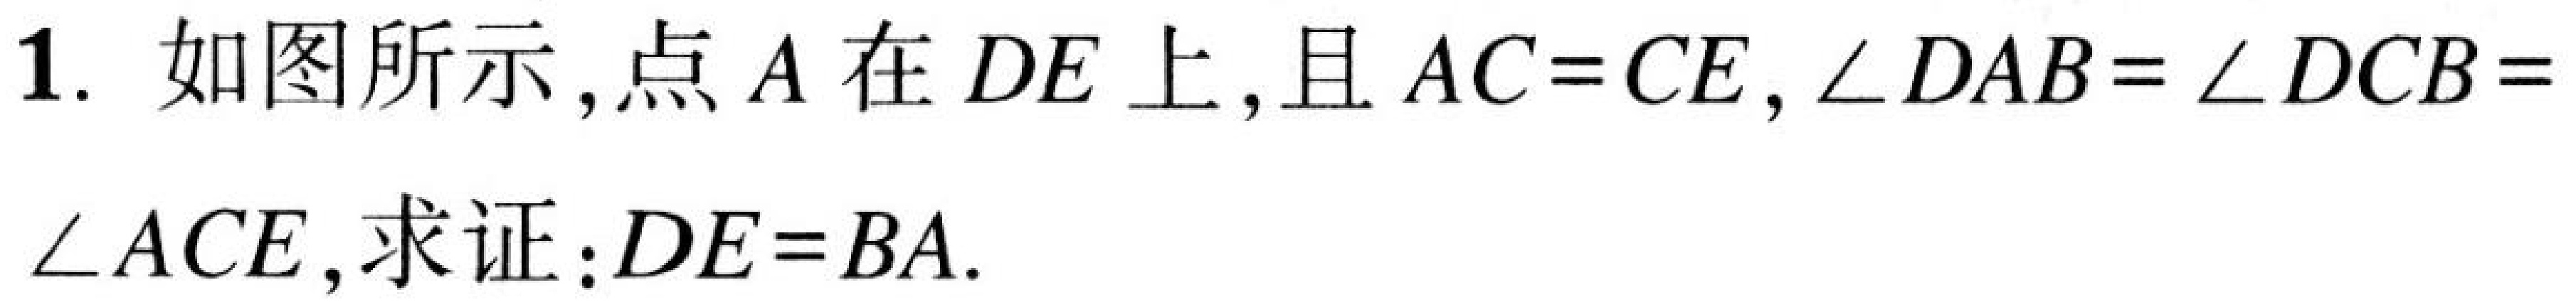
1. 如图所示，点\(A\)在\(DE\)上，且\(AC = CE\)，\(\angle DAB=\angle DCB = \angle ACE\)，求证：\(DE = BA\).